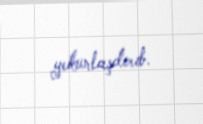
yekunlaşdırıb.